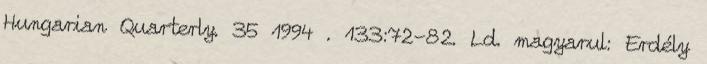
Hungarian Quarterly. 35 1994 . 133:72-82. Ld. magyarul: Erdély